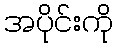
အပိုင်းကို